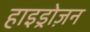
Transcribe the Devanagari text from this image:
हाइड्रोज़न